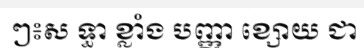
ៗ៖ស ទ្ធា ខ្លាំង បញ្ញា ខ្សោយ ជា